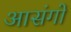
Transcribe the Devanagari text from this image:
आसंगों